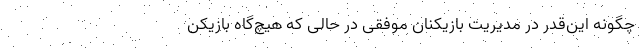
چگونه این‌قدر در مدیریت بازیکنان موفقی در حالی که هیچ‌گاه بازیکن